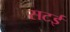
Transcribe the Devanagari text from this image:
सटई